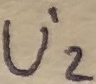
Text: U'2